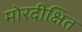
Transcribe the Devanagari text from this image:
मोरदीक्षित